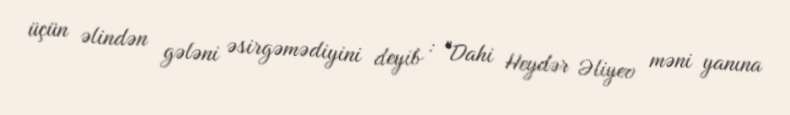
üçün əlindən gələni əsirgəmədiyini deyib : "Dahi Heydər Əliyev məni yanına